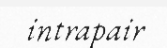
intrapair